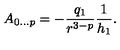
A _ { 0 \ldots p } = - \frac { q _ { 1 } } { r ^ { 3 - p } } \frac { 1 } { h _ { 1 } } .